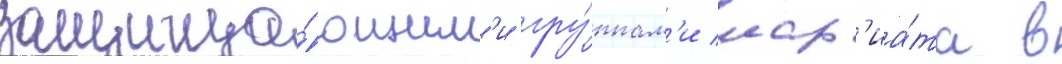
защища́ющим'и гру́ппам'и шар'иа́та в